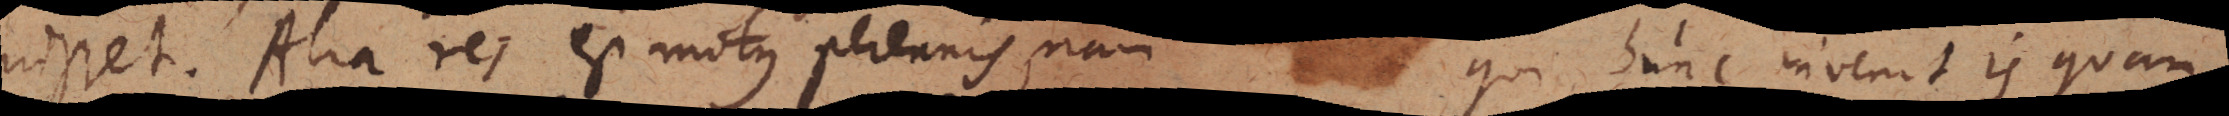
nisset. Alia res est motus perennis, nam qui hunc invenit is quan